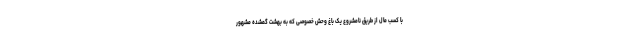
با کسب مال از طریق نامشروع یک باغ وحش خصوصی که به بهشت گمشده مشهور